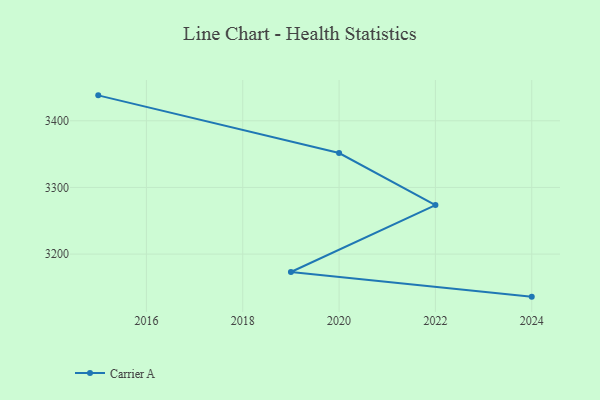
{"axis": {"x": "Year", "y": "Satisfaction Score"}, "legend": ["Carrier A"], "data": [{"x": "2015", "y": 3438.2, "type": "Carrier A"}, {"x": "2020", "y": 3351.6, "type": "Carrier A"}, {"x": "2022", "y": 3273.5, "type": "Carrier A"}, {"x": "2019", "y": 3173.1, "type": "Carrier A"}, {"x": "2024", "y": 3136.1, "type": "Carrier A"}]}